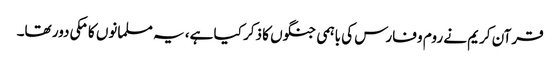
قرآن کریم نے روم و فارس کی باہمی جنگوں کا ذکر کیا ہے، یہ مسلمانوں کا مکی دور تھا۔